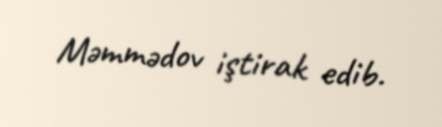
Məmmədov iştirak edib.